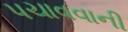
પચાવવાની